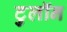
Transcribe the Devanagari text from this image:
टुलॉन